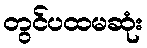
တွင်ပထမဆုံး